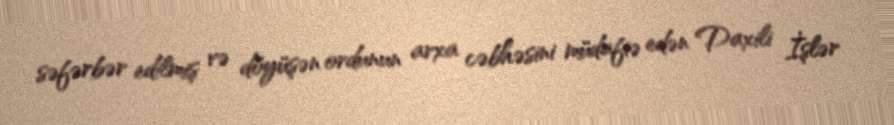
səfərbər edilmiş və döyüşən ordunun arxa cəbhəsini müdafiə edən Daxili İşlər